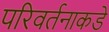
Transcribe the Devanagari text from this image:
परिवर्तनाकडे